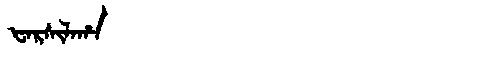
Manchu: ᡶᠠᡵᠰᡳᠯᠠᡥᠠ
Romanization: FARSILAHA